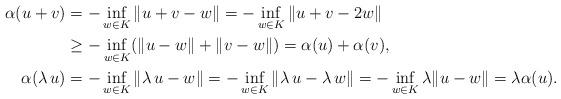
LaTeX: \begin{align*}\alpha (u+v) & =-\inf_{w\in K}\|u+v-w\|=-\inf_{w\in K}\|u+v-2w\| \\ & \ge-\inf_{w\in K}(\|u-w\|+\|v-w\|)=\alpha (u)+\alpha (v),\\\alpha (\lambda\,u) & =-\inf_{w\in K}\|\lambda\,u-w\|=-\inf_{w\in K}\|\lambda\,u-\lambda\,w\|=-\inf_{w\in K}\lambda\|u-w\|=\lambda\alpha (u).\end{align*}